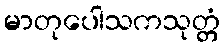
မာတုပေါသကသုတ္တံ